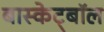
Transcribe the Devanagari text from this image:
बास्केट्बॉल